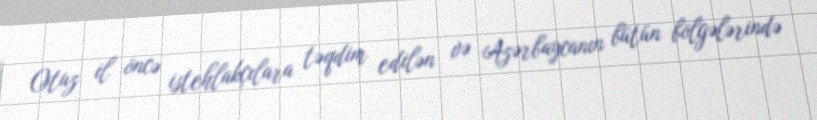
Otuz il öncə istehlakçılara təqdim edilən və Azərbaycanın bütün bölgələrində